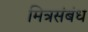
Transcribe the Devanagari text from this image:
मित्रसंबंध